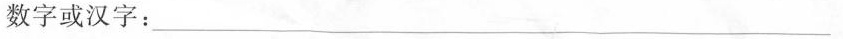
数字或汉字：___